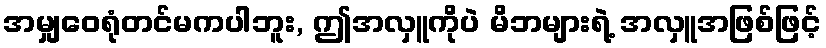
အမျှဝေရုံတင်မကပါဘူး, ဤအလှူကိုပဲ မိဘများရဲ့ အလှူအဖြစ်ဖြင့်